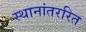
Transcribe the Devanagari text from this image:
स्थानांतररित